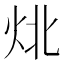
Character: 𰞃